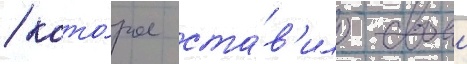
/ кото́рое ста́в'ило своеи